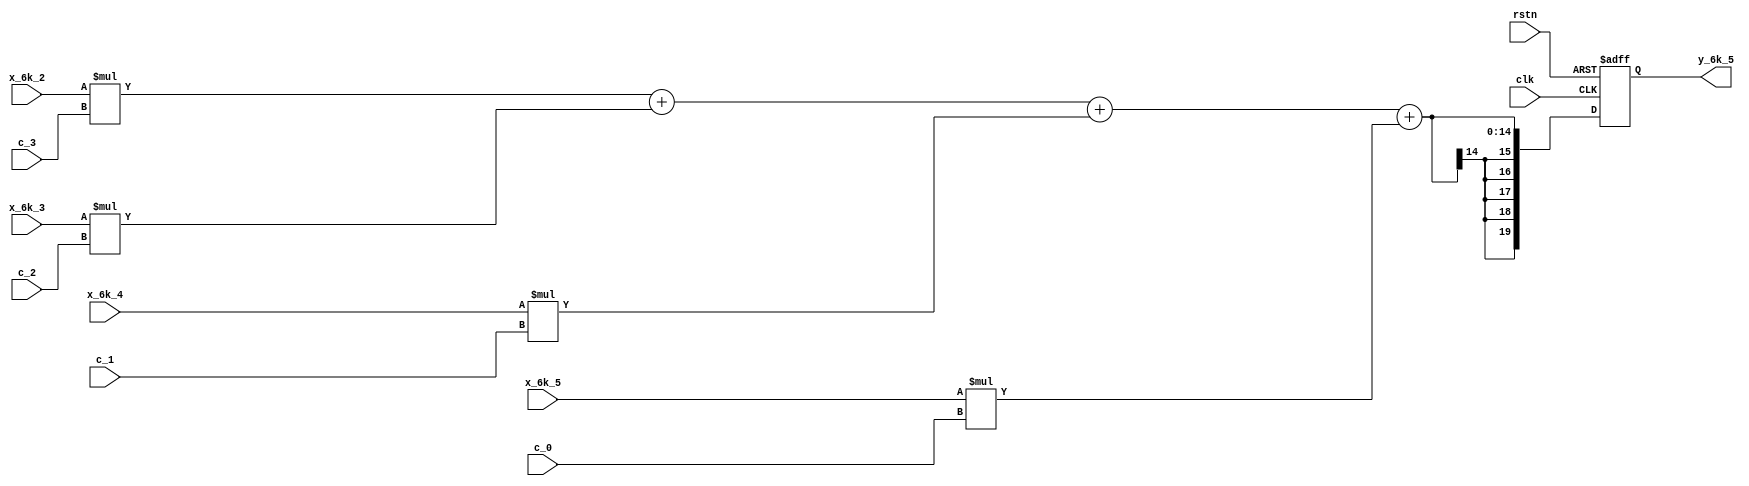
module y_6k_5 
#
( 
    parameter w_in = 7,//
    parameter y_out = 20,//
    parameter c_in = 5//
)
(
    input clk,
    input rstn,
    input  signed [w_in-1:0] x_6k_4,
    input  signed [w_in-1:0] x_6k_3,
    input  signed [w_in-1:0] x_6k_2,
    input  signed [w_in-1:0] x_6k_5,
    input  signed [c_in-1:0] c_0,
    input  signed [c_in-1:0] c_1,
    input  signed [c_in-1:0] c_2,
    input  signed [c_in-1:0] c_3,    
    output signed [y_out-1:0] y_6k_5
);
    parameter w_muti_y = 20;//
    parameter w_add_y = 25;//

    wire signed [w_muti_y-1:0] muti_3;
    wire signed [w_muti_y-1:0] muti_2;
    wire signed [w_muti_y-1:0] muti_1;
    wire signed [w_muti_y-1:0] muti_0;

    assign muti_3 = x_6k_2 * c_3;
    assign muti_2 = x_6k_3 * c_2;
    assign muti_1 = x_6k_4 * c_1;
    assign muti_0 = x_6k_5 * c_0;

    // wire [y_out-1:0] add_0;
    // assign add_0 = muti_3 + muti_2 + muti_1 + muti_0;

    reg signed [y_out-1:0] add_0;
    always @(*) begin
        add_0 <= muti_3 + muti_2 + muti_1 + muti_0;
    end 
    
    reg signed [y_out-1:0] out_data; 
    always @(posedge clk or negedge rstn) begin
        if(rstn == 1'b0)
            out_data<= 0;
        else out_data <= add_0;
    end
    assign y_6k_5 = out_data;

endmodule //y_6k_4